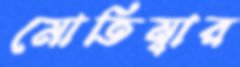
মোতিম্বার